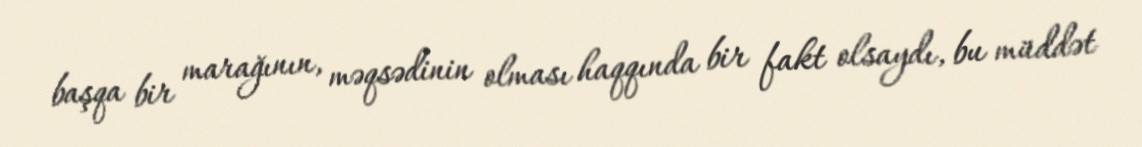
başqa bir marağının, məqsədinin olması haqqında bir fakt olsaydı, bu müddət